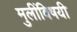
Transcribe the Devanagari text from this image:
मुलींविषयी